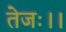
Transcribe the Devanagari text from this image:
तेजः।।